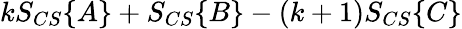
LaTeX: kS_{CS}\{ A\} +S_{CS}\{ B\} -(k+1)S_{CS}\{ C\}